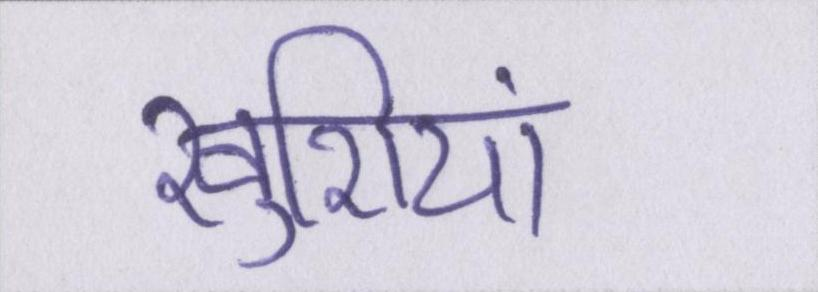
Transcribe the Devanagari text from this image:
खुशियां